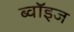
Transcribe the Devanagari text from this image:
ब्वॉइज